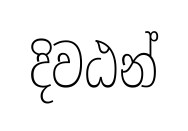
දිවඨන්